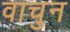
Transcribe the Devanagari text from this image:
वाचुन